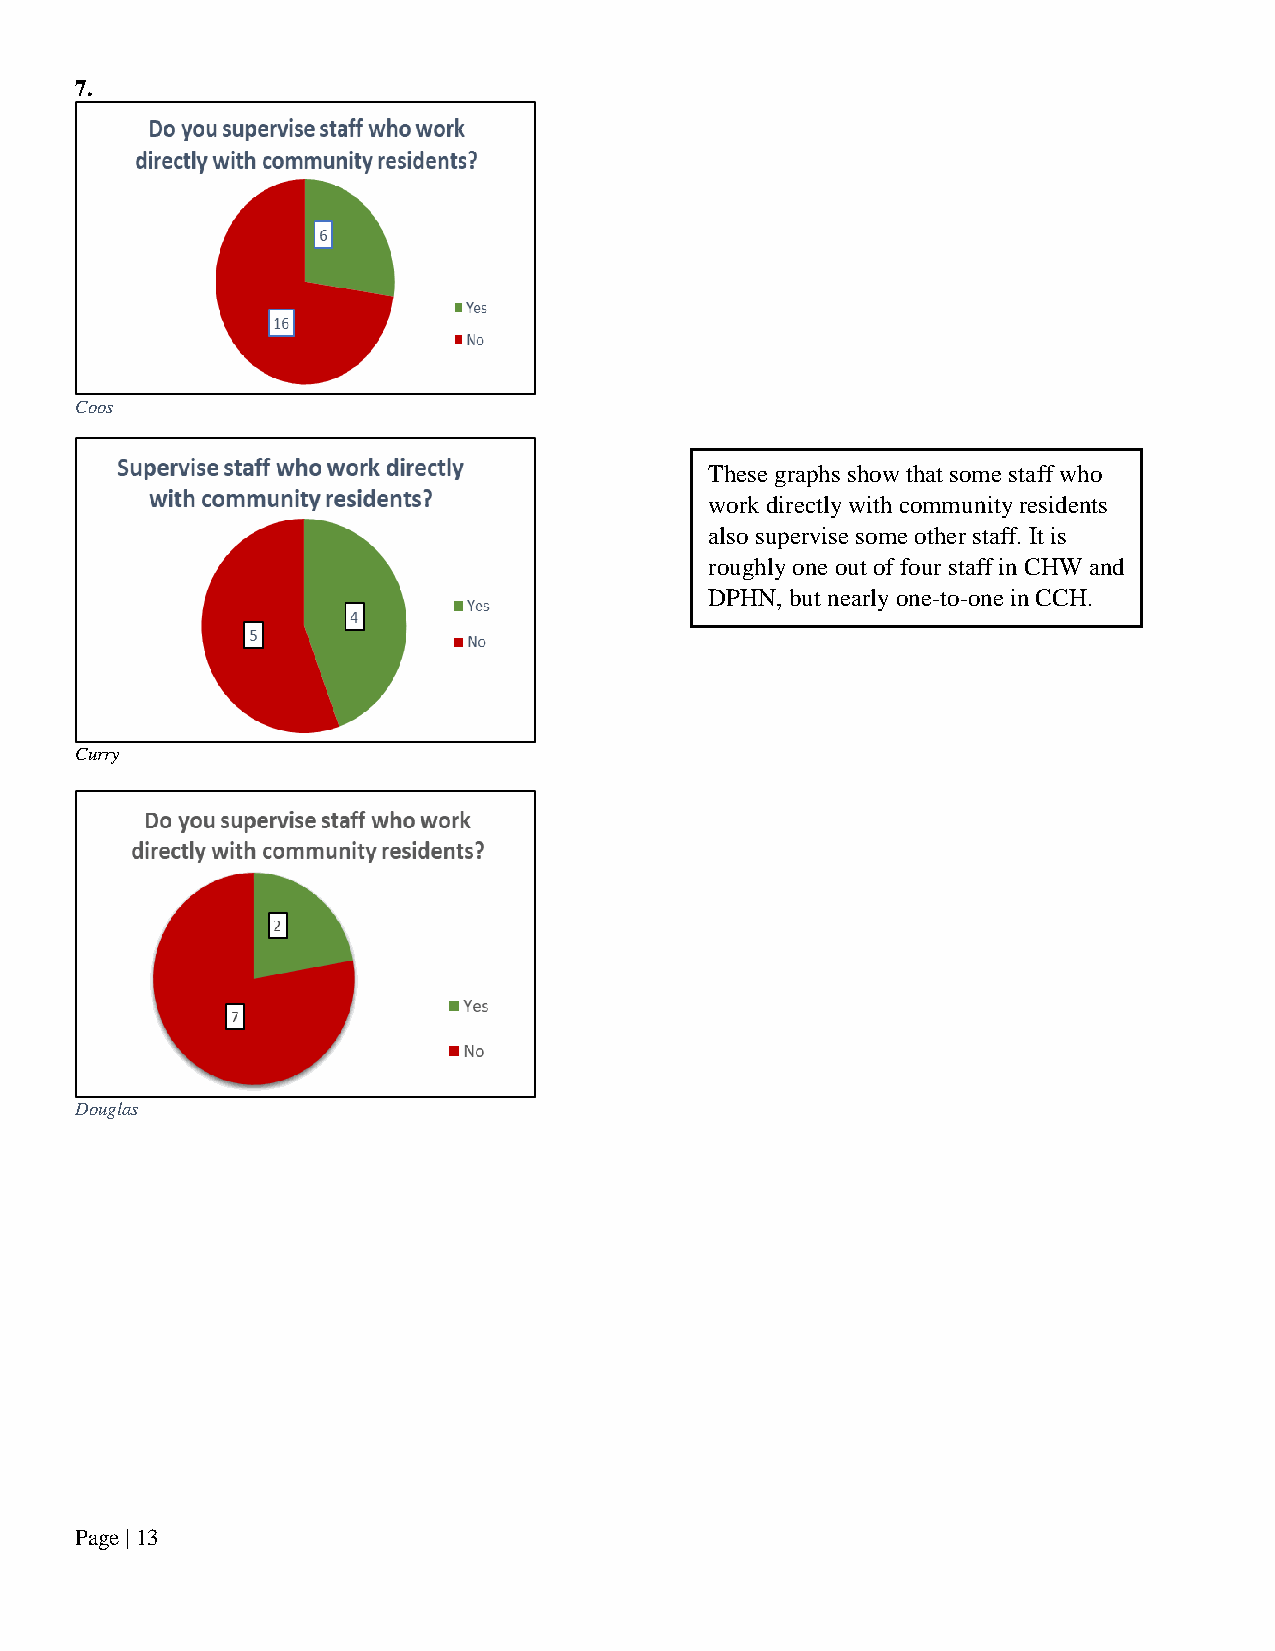
7.
 Coos
 These graphs show that some staff who
 work directly with community residents
 also supervise some other staff. It is
 roughly one out of four staff in CHW and
 DPHN, but nearly one-to-one in CCH.
 Curry
 Douglas
 Page | 13